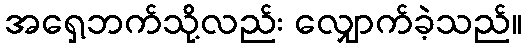
အရှေ့ဘက်သို့လည်း လျှောက်ခဲ့သည်။